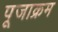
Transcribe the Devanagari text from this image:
पूजाक्रम